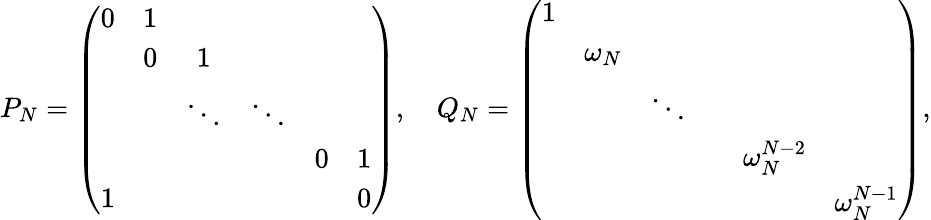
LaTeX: P_{N}=\left(\begin{array}{cccccc}{{0}}&{{1}}&{{}}&{{}}&{{}}&{{}}\\ {{}}&{{0}}&{{1}}&{{}}&{{}}&{{}}\\ {{}}&{{}}&{{\ddots}}&{{\ddots}}&{{}}&{{}}\\ {{}}&{{}}&{{}}&{{}}&{{0}}&{{1}}\\ {{1}}&{{}}&{{}}&{{}}&{{}}&{{0}}\end{array}\right),\quad Q_{N}=\left(\begin{array}{cccccc}{{1}}&{{}}&{{}}&{{}}&{{}}&{{}}\\ {{}}&{{\omega_{N}}}&{{}}&{{}}&{{}}&{{}}\\ {{}}&{{}}&{{\ddots}}&{{}}&{{}}&{{}}\\ {{}}&{{}}&{{}}&{{}}&{{\omega_{N}^{N-2}}}&{{}}\\ {{}}&{{}}&{{}}&{{}}&{{}}&{{\omega_{N}^{N-1}}}\end{array}\right),